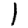
Digit: 1